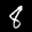
Label: 8